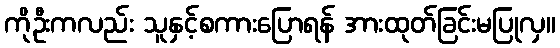
ကိုဦးကလည်း သူနှင့်စကားပြောရန် အားထုတ်ခြင်းမပြုလှ။